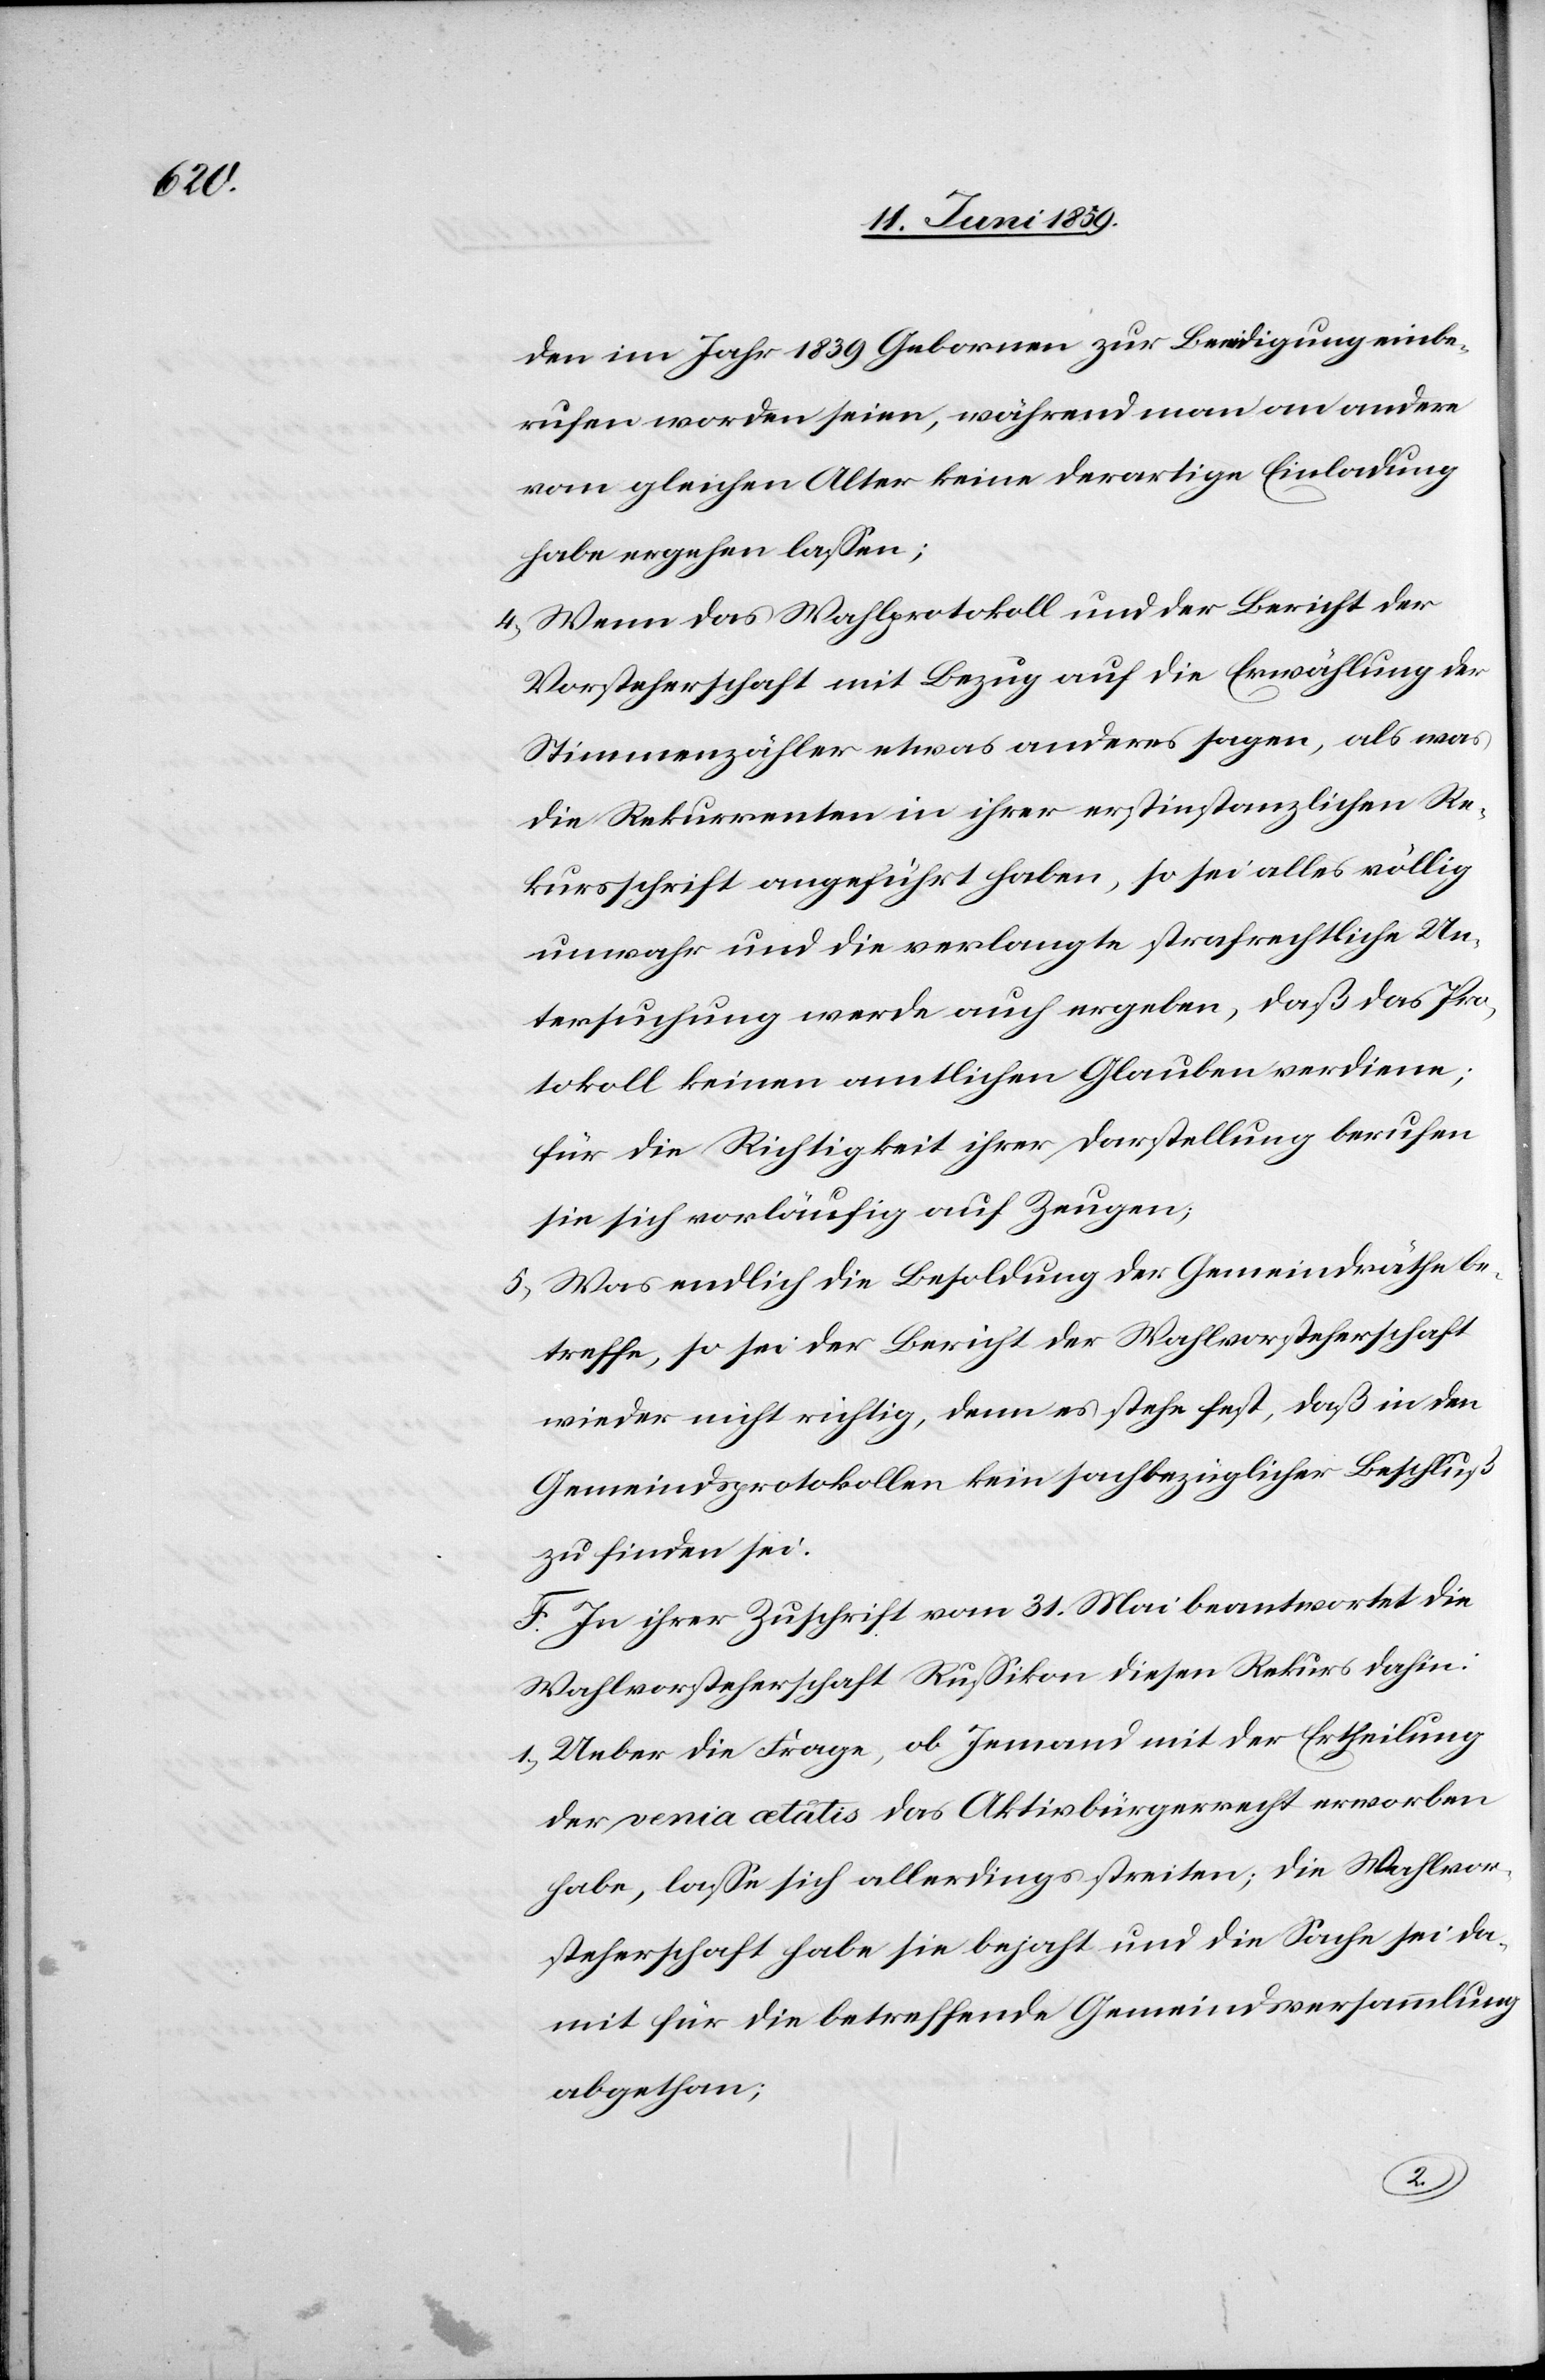
den im Jahr 1839 Geborenen zur Beeidigung einbe¬
rufen worden seien, während man an andere
vom gleichen Alter keine derartige Einladung
habe ergehen lassen;
4) Wenn das Wahlprotokoll und der Bericht der
Vorsteherschaft mit Bezug auf die Erwählung der
Stimmenzähler etwas anderes sagen, als was
die Rekurrenten in ihrer erstinstanzlichen Re¬
kursschrift angeführt haben, so sei alles völlig
unwahr und die verlangte strafrechtliche Un¬
tersuchung werde auch ergeben, daß das Pro¬
tokoll keinen amtlichen Glauben verdiene;
für die Richtigkeit ihrer Darstellung berufen
sie sich vorläufig auf Zeugen;
5) Was endlich die Besoldung der Gemeindräthe be¬
treffe, so sei der Bericht der Wahlvorsteherschaft
wieder nicht richtig, denn es stehe fest, daß in den
Gemeindsprotokollen kein sachbezüglicher Beschluß
zu finden sei.
F. In ihrer Zuschrift vom 31. Mai beantwortet die
Wahlvorsteherschaft Russikon diesen Rekurs dahin:
1) Ueber die Frage, ob Jemand mit der Ertheilung
der venia aetatis das Aktivbürgerrecht erworben
habe, lasse sich allerdings streiten; die Wahlvor¬
steherschaft habe sie bejaht und die Sache sei da¬
mit für die betreffende Gemeindversammlung
abgethan;